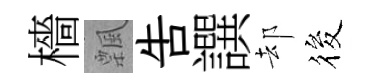
檣飄吿譔却筱